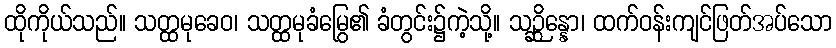
ထိုကိုယ်သည်။ သတ္ထမုခေဝ၊ သတ္ထမုခံမြွေ၏ ခံတွင်း၌ကဲ့သို့။ သဉ္ဆိန္နော၊ ထက်ဝန်းကျင်ဖြတ်အပ်သော